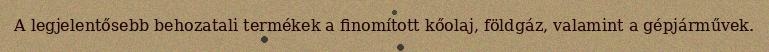
A legjelentősebb behozatali termékek a finomított kőolaj, földgáz, valamint a gépjárművek.